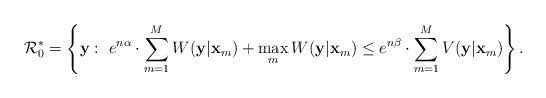
LaTeX: \begin{align*}{\cal R}_{0}^{*}=\left\{ \mathbf{y}:~e^{n\alpha}\cdot\sum_{m=1}^{M}W(\mathbf{y}|\mathbf{x}_{m})+\max_{m}W(\mathbf{y}|\mathbf{x}_{m})\leq e^{n\beta}\cdot\sum_{m=1}^{M}V(\mathbf{y}|\mathbf{x}_{m})\right\} .\end{align*}